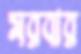
মরবার